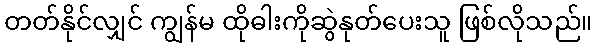
တတ်နိုင်လျှင် ကျွန်မ ထိုဓါးကိုဆွဲနုတ်ပေးသူ ဖြစ်လိုသည်။